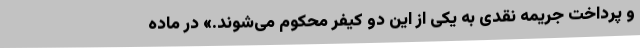
و پرداخت جریمه نقدی به یکی از این دو کیفر محکوم می‌شوند.» در ماده